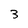
Character: 3